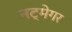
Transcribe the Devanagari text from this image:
नट्मेगर